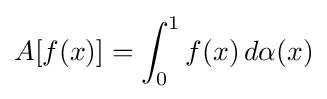
A[f(x)]=\int _{0}^{1}f(x)\,d\alpha (x)